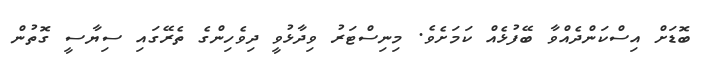
ބޮޑަށް އިސްކަންދެއްވާ ބޭފުޅެއް ކަމަށެވެ. މިނިސްޓަރު ވިދާޅުވީ ދިވެހިންގެ ތެރޭގައި ސިޔާސީ ގޮތުން